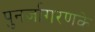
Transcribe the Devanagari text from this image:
पुनर्जागरणके